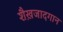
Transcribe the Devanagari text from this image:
शैख़जादगान